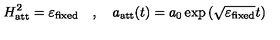
H _ { \mathrm { a t t } } ^ { 2 } = \varepsilon _ { \mathrm { f i x e d } } \quad , \quad a _ { \mathrm { a t t } } ( t ) = a _ { 0 } \exp \left( \sqrt { \varepsilon _ { \mathrm { f i x e d } } } t \right)